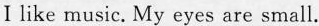
Ⅰlike music. My eyes are small.